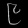
Digit: ၉